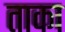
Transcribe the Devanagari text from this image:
ताका